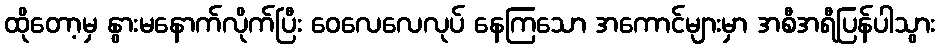
ထိုတော့မှ နွားမနောက်လိုက်ပြီး ဝေလေလေလုပ် နေကြသော အကောင်များမှာ အစီအရီပြန်ပါသွား